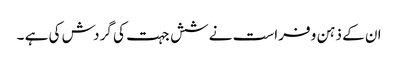
ان کے ذہن و فراست نے شش جہت کی گردش کی ہے ۔